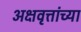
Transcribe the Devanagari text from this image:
अक्षवृत्तांच्या